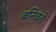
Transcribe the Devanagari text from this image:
बनिवले